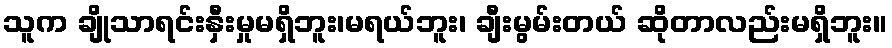
သူက ချိုသာရင်းနှီးမှုမရှိဘူး၊မရယ်ဘူး၊ ချီးမွမ်းတယ် ဆိုတာလည်းမရှိဘူး။